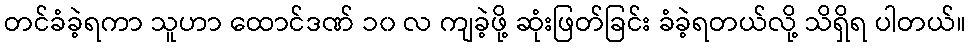
တင်ခံခဲ့ရကာ သူဟာ ထောင်ဒဏ် ၁၀ လ ကျခဲ့ဖို့ ဆုံးဖြတ်ခြင်း ခံခဲ့ရတယ်လို့ သိရှိရ ပါတယ်။